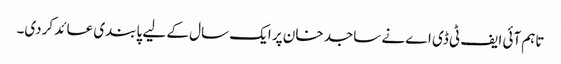
تاہم آئی ایف ٹی ڈی اے نے ساجد خان پر ایک سال کے لیے پابندی عائد کردی۔